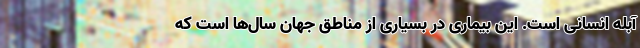
آبله انسانی است. این بیماری در بسیاری از مناطق جهان سال‌ها است که